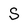
Character: S